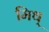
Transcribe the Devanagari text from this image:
मिथ्